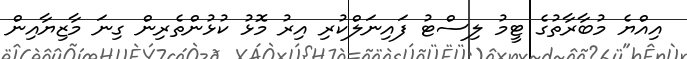
އިއްޔެ މުބާރާތުގެ ޓީމު ލިސްޓު ފައިނަލްކުރި އިރު މޮޅު ކުޅުންތެރިން ގިނަ މާޒިޔާއިން